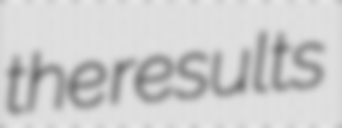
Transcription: the results